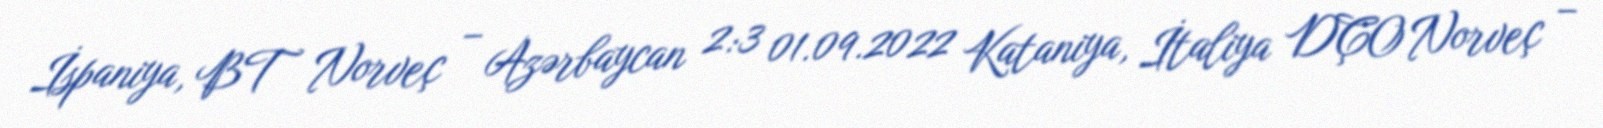
İspaniya, BT Norveç – Azərbaycan 2:3 01.09.2022 Kataniya, İtaliya DÇO Norveç –